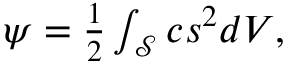
\begin{array} { r } { \psi = \frac 1 2 \int _ { \mathcal S } c s ^ { 2 } d V , } \end{array}